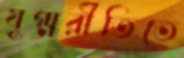
যুগ্মরীতিতে